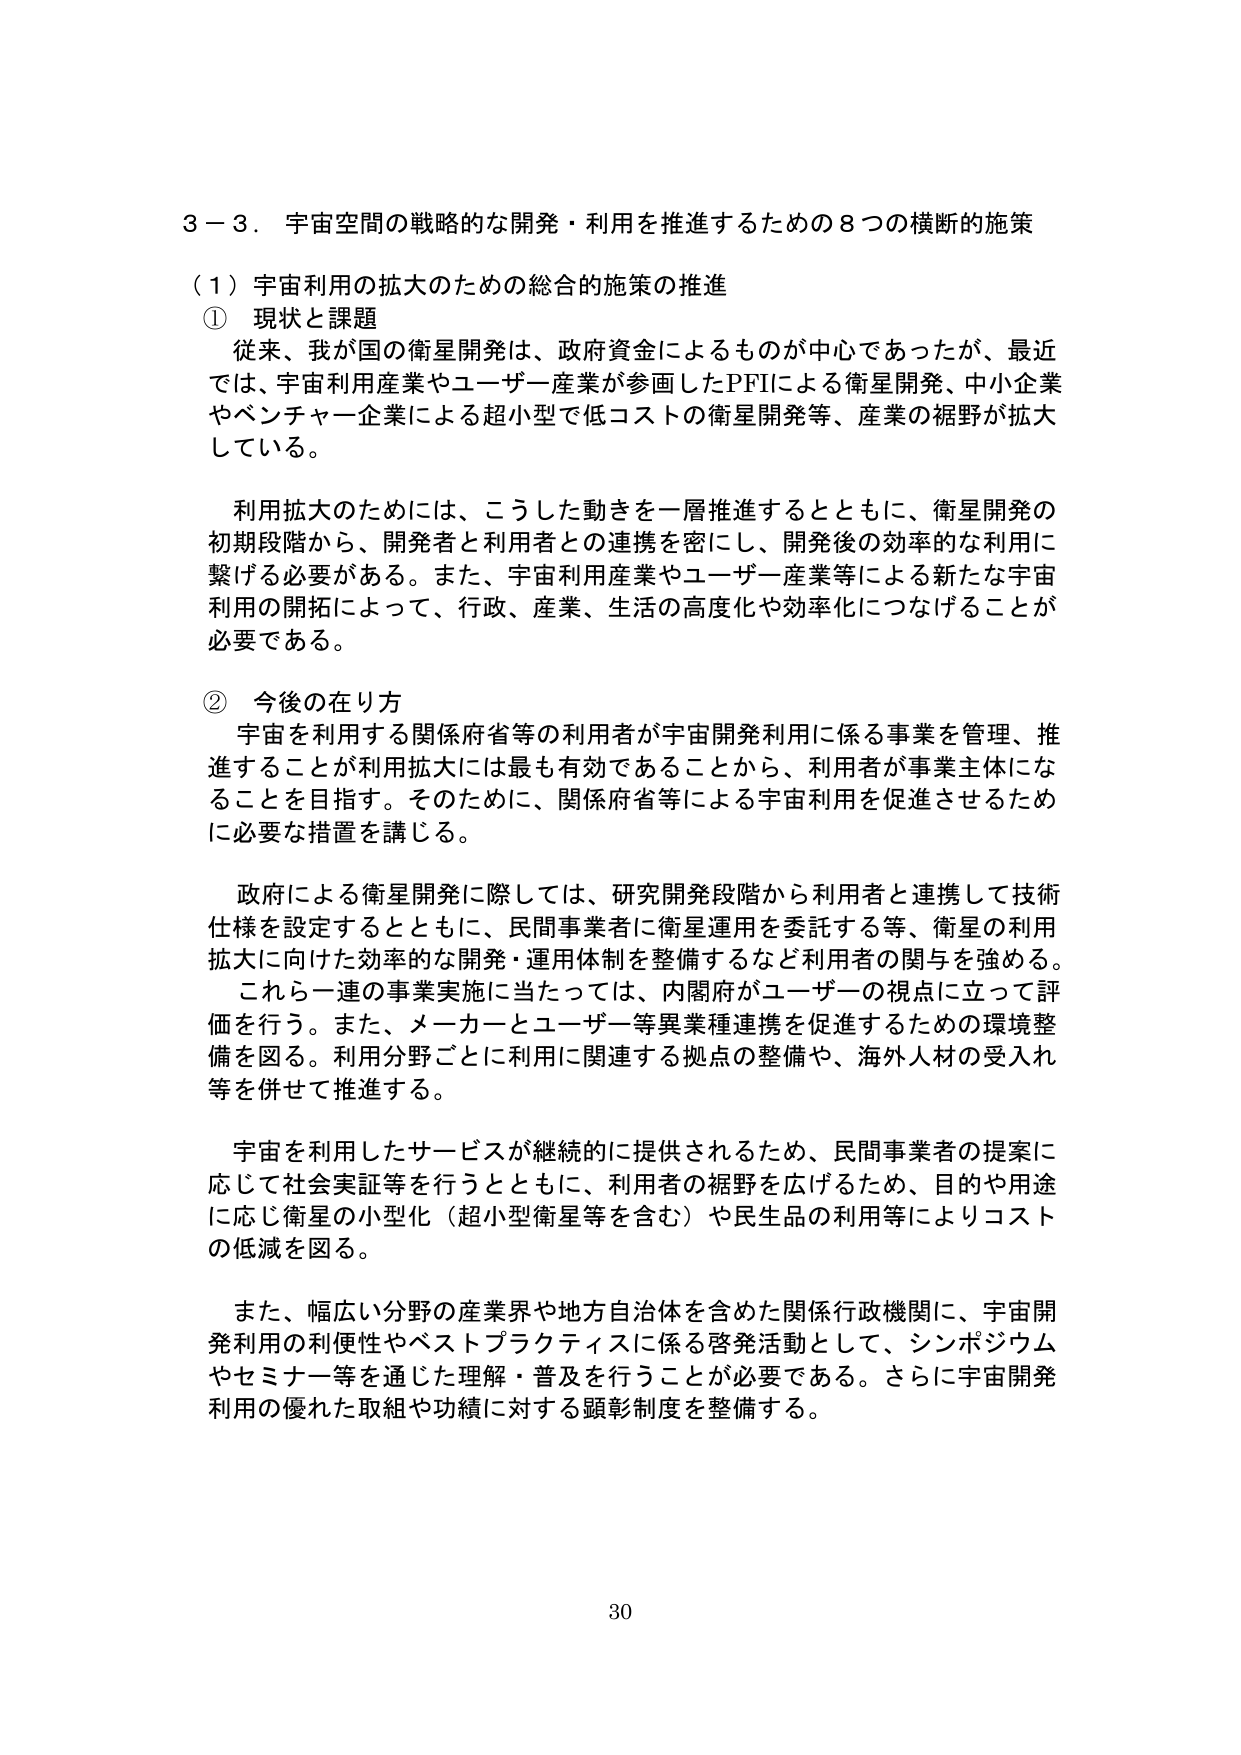
３－３．宇宙空間の戦略的な開発・利用を推進するための８つの横断的施策

（１）宇宙利用の拡大のための総合的施策の推進

① 現状と課題
従来、我が国の衛星開発は、政府資金によるものが中心であったが、最近では、宇宙利用産業やユーザー産業が参画したPFIによる衛星開発、中小企業やベンチャー企業による超小型で低コストの衛星開発等、産業の裾野が拡大している。

利用拡大のためには、こうした動きを一層推進するとともに、衛星開発の初期段階から、開発者と利用者との連携を密にし、開発後の効率的な利用に繋げる必要がある。また、宇宙利用産業やユーザー産業等による新たな宇宙利用の開拓によって、行政、産業、生活の高度化や効率化につなげることが必要である。

② 今後の在り方
宇宙を利用する関係府省等の利用者が宇宙開発利用に係る事業を管理、推進することが利用拡大には最も有効であることから、利用者が事業主体になることを目指す。そのためには、関係府省等による宇宙利用を促進させるために必要な措置を講じる。

政府による衛星開発に際しては、研究開発段階から利用者と連携して技術仕様を設定するとともに、民間事業者に衛星運用を委託する等、衛星の利用拡大に向けた効率的な開発・運用体制を整備するなど利用者の関与を強める。これら一連の事業実施に当たっては、内閣府がユーザーの視点に立って評価を行う。また、メーカーとユーザー等異業種連携を促進するための環境整備を図る。利用分野ごとに利用に関連する拠点の整備や、海外人材の受入れ等を併せて推進する。

宇宙を利用したサービスが継続的に提供されるため、民間事業者の提案に応じて社会実証等を行うとともに、利用者の裾野を広げるため、目的や用途に応じ衛星の小型化（超小型衛星等を含む）や民生品の利用等によりコストの低減を図る。

また、幅広い分野の産業界や地方自治体を含めた関係行政機関に、宇宙開発利用の利便性やベストプラクティスに係る啓発活動として、シンポジウムやセミナー等を通じた理解・普及を行うことが必要である。さらに宇宙開発利用の優れた取組や功績に対する顕彰制度を整備する。

30